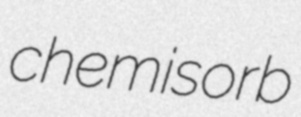
chemisorb